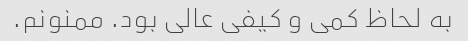
به لحاظ کمی و کیفی عالی بود. ممنونم.